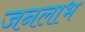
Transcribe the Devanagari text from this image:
जनलाभ